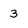
Character: 3